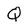
Character: Q